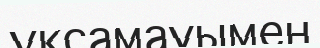
ұқсамауымен